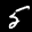
Label: 5